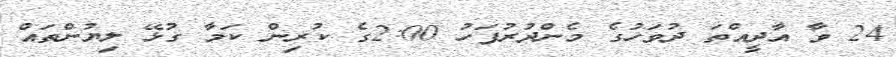
24 ވާ އާދީއްތަ ދުވަހުގެ މެންދުރުފަހު 2:00ގެ ކުރިން ކަމާ ގުޅޭ ލިޔުންތައް